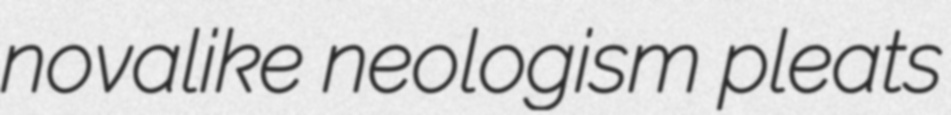
novalike neologism pleats